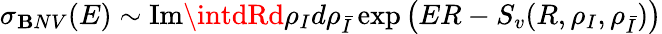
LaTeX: \sigma_{\mathbf{B}NV}(E)\sim\mathrm{{Im}}\intdRd\rho_{I}d\rho_{\bar{{I}}}\exp\left(ER-S_{v}(R,\rho_{I},\rho_{\bar{{I}}})\right)